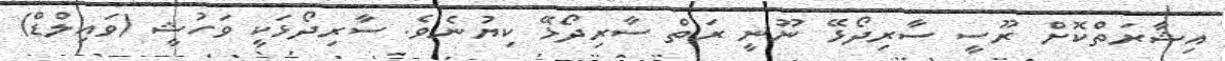
އިޝާރަތްކޮށް ރޫސީ ސާރިދޯޅޭ ނޫނީ ރަތް ސާރިދޯޅޭ ކިޔުނެވެ. ސާރިދޯޅަކީ ވަހުޝީ (ވައިލްޑް)